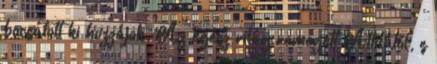
bocsátott ki hozzájok. Az egész világ remegett Attilától, s